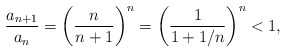
\begin{align*}\frac{a_{n+1}}{a_n} = \left(\frac{n}{n+1}\right)^n = \left(\frac{1}{1+1/n}\right)^n < 1,\end{align*}